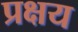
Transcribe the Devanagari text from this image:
प्रक्षय